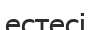
естесі